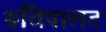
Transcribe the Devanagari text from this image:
रूचिपालट